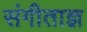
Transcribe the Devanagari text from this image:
संगीताज्ञ